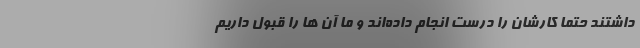
داشتند حتماً کارشان را درست انجام داده‌اند و ما آن ها را قبول داریم